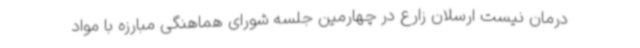
درمان نیست ارسلان زارع در چهارمین جلسه شورای هماهنگی مبارزه با مواد